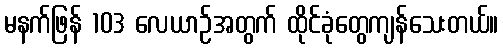
မနက်ဖြန် 103 လေယာဉ်အတွက် ထိုင်ခုံတွေကျန်သေးတယ်။